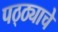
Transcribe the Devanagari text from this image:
पठ्ठ्याचे